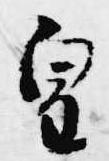
皇